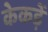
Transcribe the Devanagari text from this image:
केकड़ें